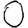
Digit: 0